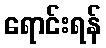
ရောင်းရန်